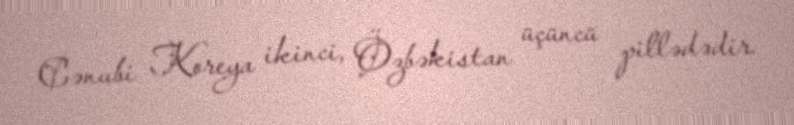
Cənubi Koreya ikinci, Özbəkistan üçüncü pillədədir.